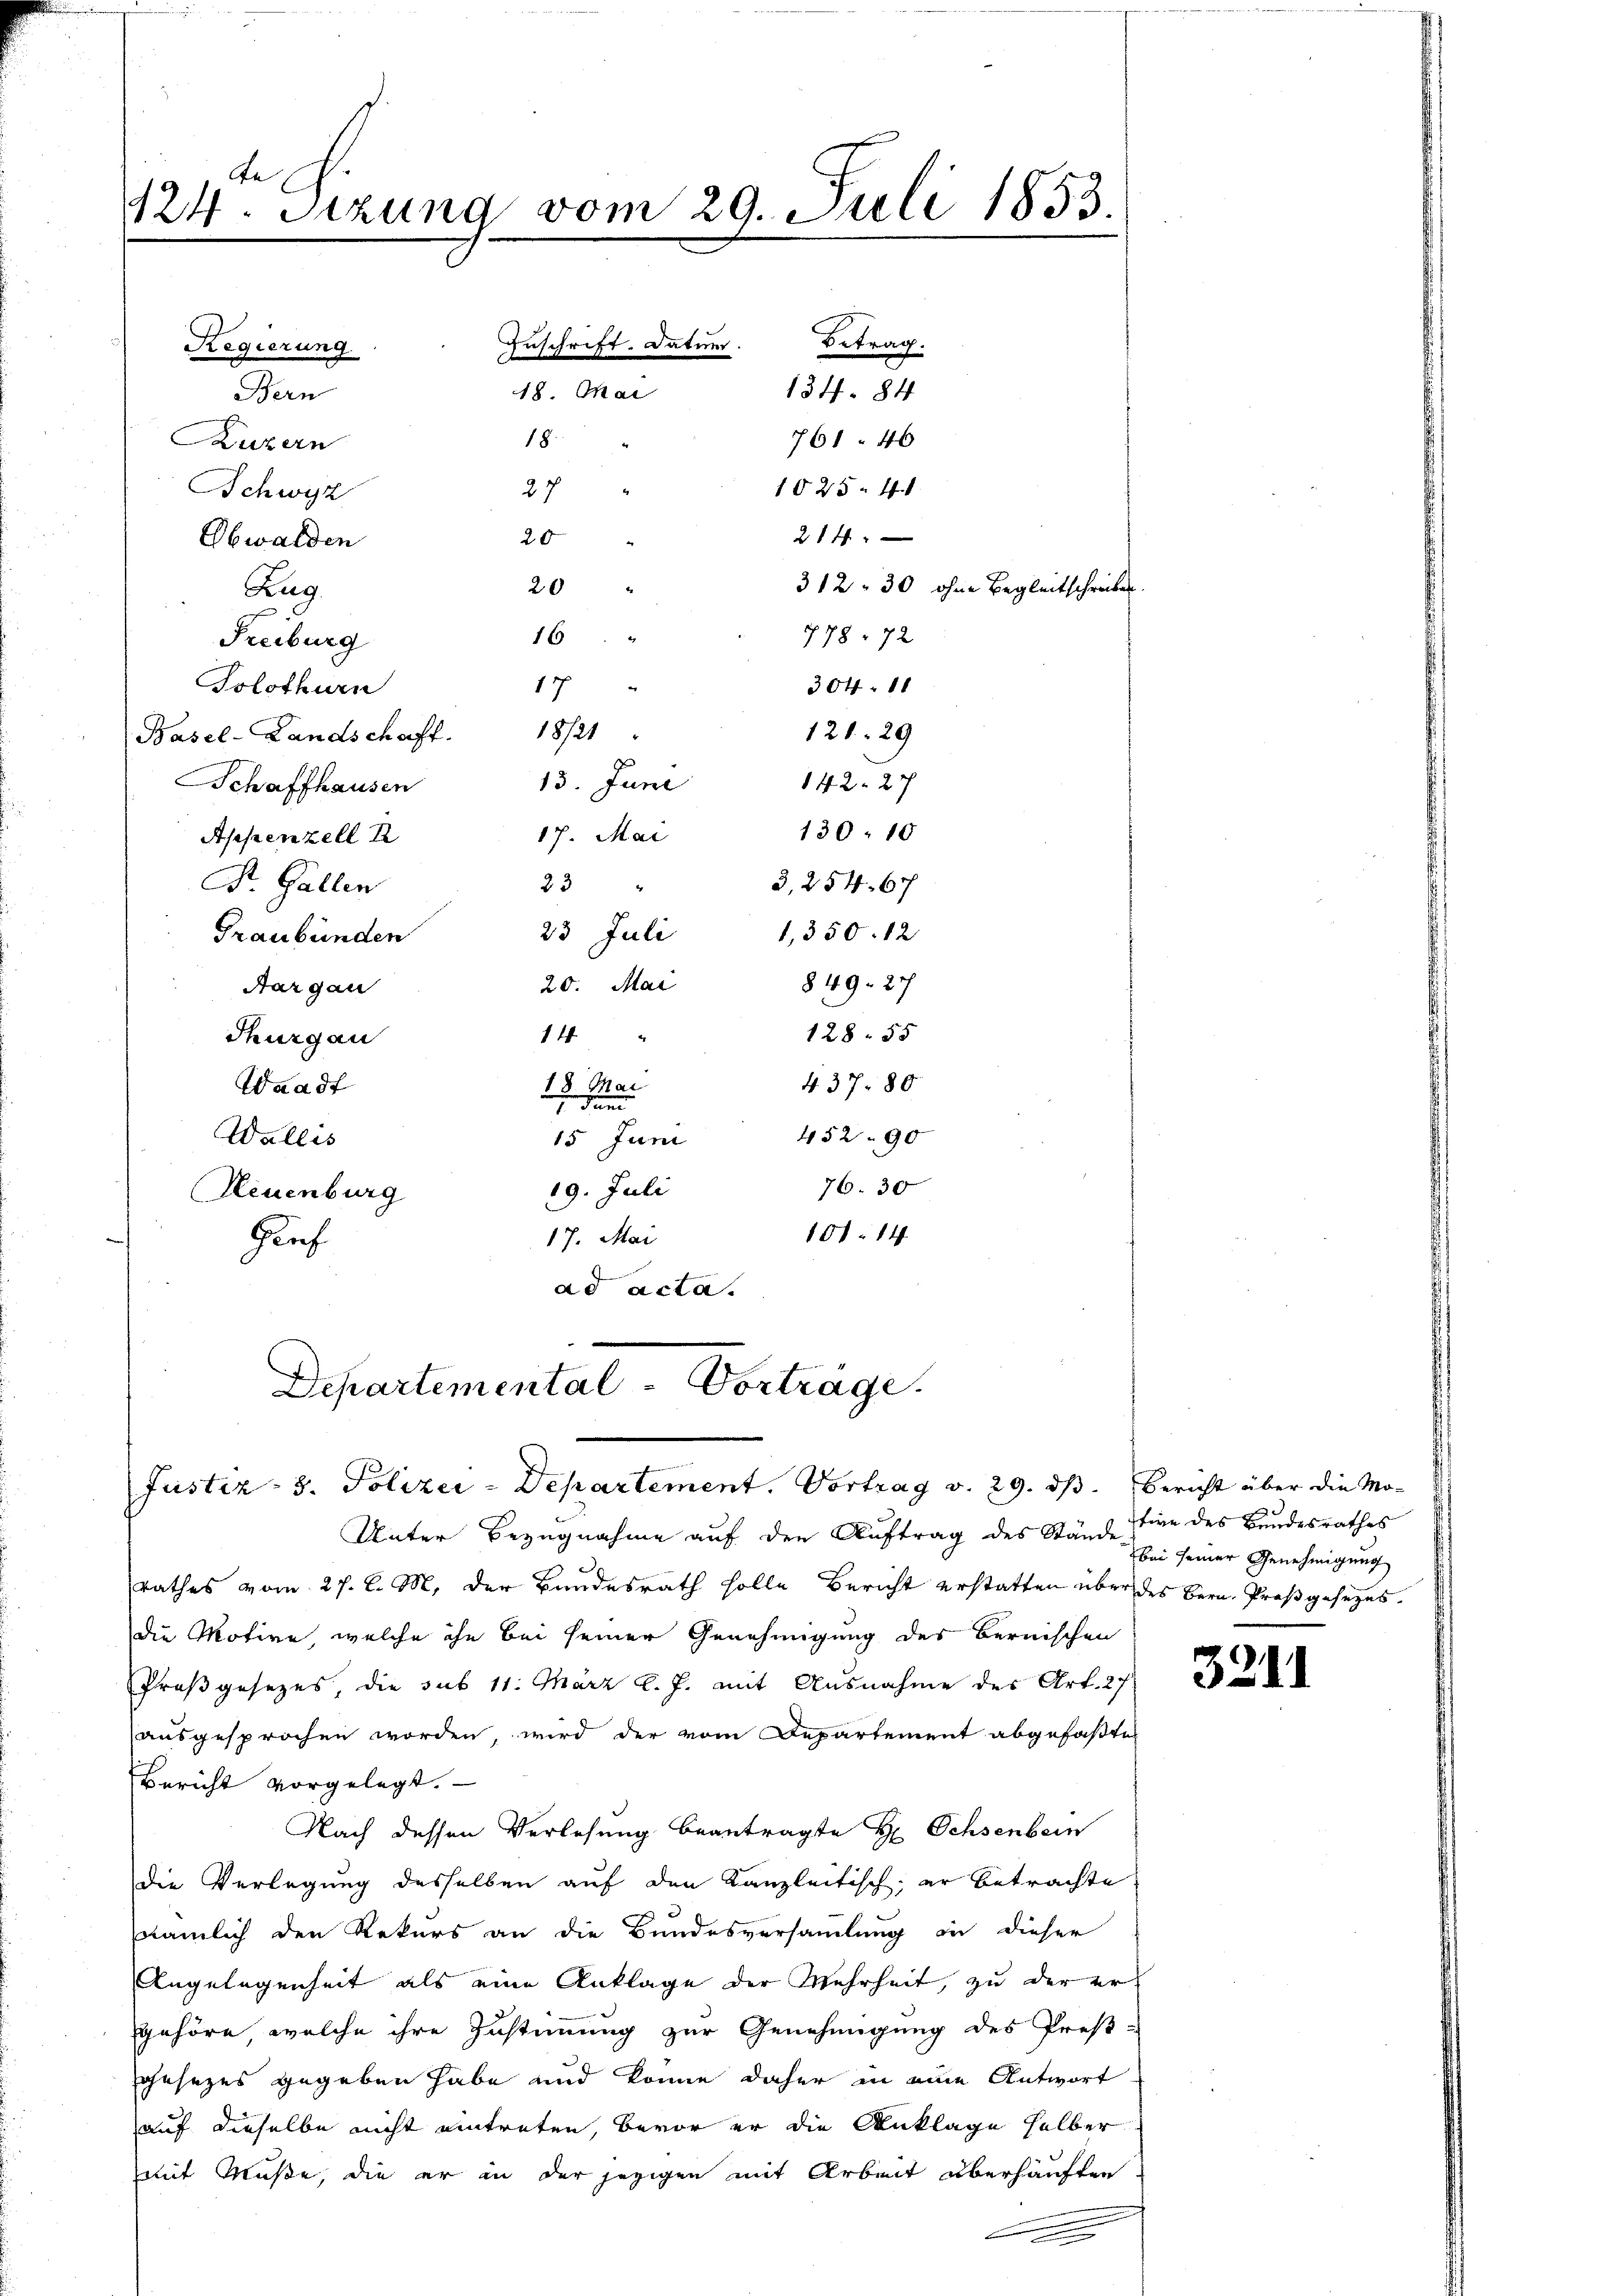
124. Sitzung vom 29. Juli 1853.

Bern
Luzern
Schwyz
20 "
Obwalden
20 "
Zug
16 "
Freiburg
17
Solothurn
Basel-Landschaft. 18721
13. Juni
Schaffhausen
17. Mai
Appenzell I
33
F. Gallen
Graubünden
20. Mai
Aargau
4
14
Thurgau
437. 80
18. Mai
Waadt

452 90
Wallis
15. Juni
76. 30
19. Juli
Neuenburg
101. 14
17. Mai
Gref
ad acta.

Regierung

Departemental-Vortrage.
Justiz - 3. Polizei-Departement. Vortrag v. 29. dß. Bericht über die Mo¬
Unter Bezugnahme auf den Auftrag des Stände

Zuschrift. Datuer.
18. Mai
18
27

Betrag.
134. 84
761. 46
1025. 41
214
312. 30 ohne Begleitschreib
778. 72
304. 11
121. 29
142. 27
130: 10
3,254. 67
23 Juli 1350. 12
849. 27
128. 55

rathes vom 27. d. M. der Bundesrath solle Bericht erstatten über des Bern. Proßgesezesdie Motive, welche ihn bei seiner Genehmigung des Bernischen
Proßgesezes, die sub 11. März l. J. mit Ausnahme des Art. 27
ausgesprochen worden, wird der vom Departement abgefaßten
Bericht vorgelegt.
Nach dessen Verlesung beantragte Hr. Ochsenbein
die Verlegung desselben auf den Kanzleitisch, er betrachte
ämlich den Rekurs an die Bundesversammlung in dieser
Angelegenheit als eine Anklage der Mehrheit, zu der er
gehöre, welche ihre Zustimmung zur Genehmigung des Preß-
gesezes gegeben habe und könne daher in eine Antwort
auf dieselbe nicht eintreten, bevor er die Anklage halber
mit Muße, die er in der jezigen mit Arbeit überhäuften

tive des Bundesrathes
bei seiner Genehmigung

33/

1